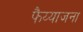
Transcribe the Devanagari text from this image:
फैय्याजना